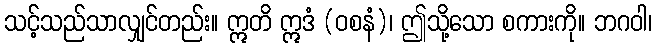
သင့်သည်သာလျှင်တည်း။ ဣတိ ဣဒံ (ဝစနံ)၊ ဤသို့သော စကားကို။ ဘဂဝါ၊